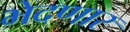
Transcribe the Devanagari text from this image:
भेदणार